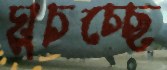
ঘুচচ্ছে